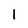
Character: 1